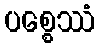
ပစ္စေဿံ